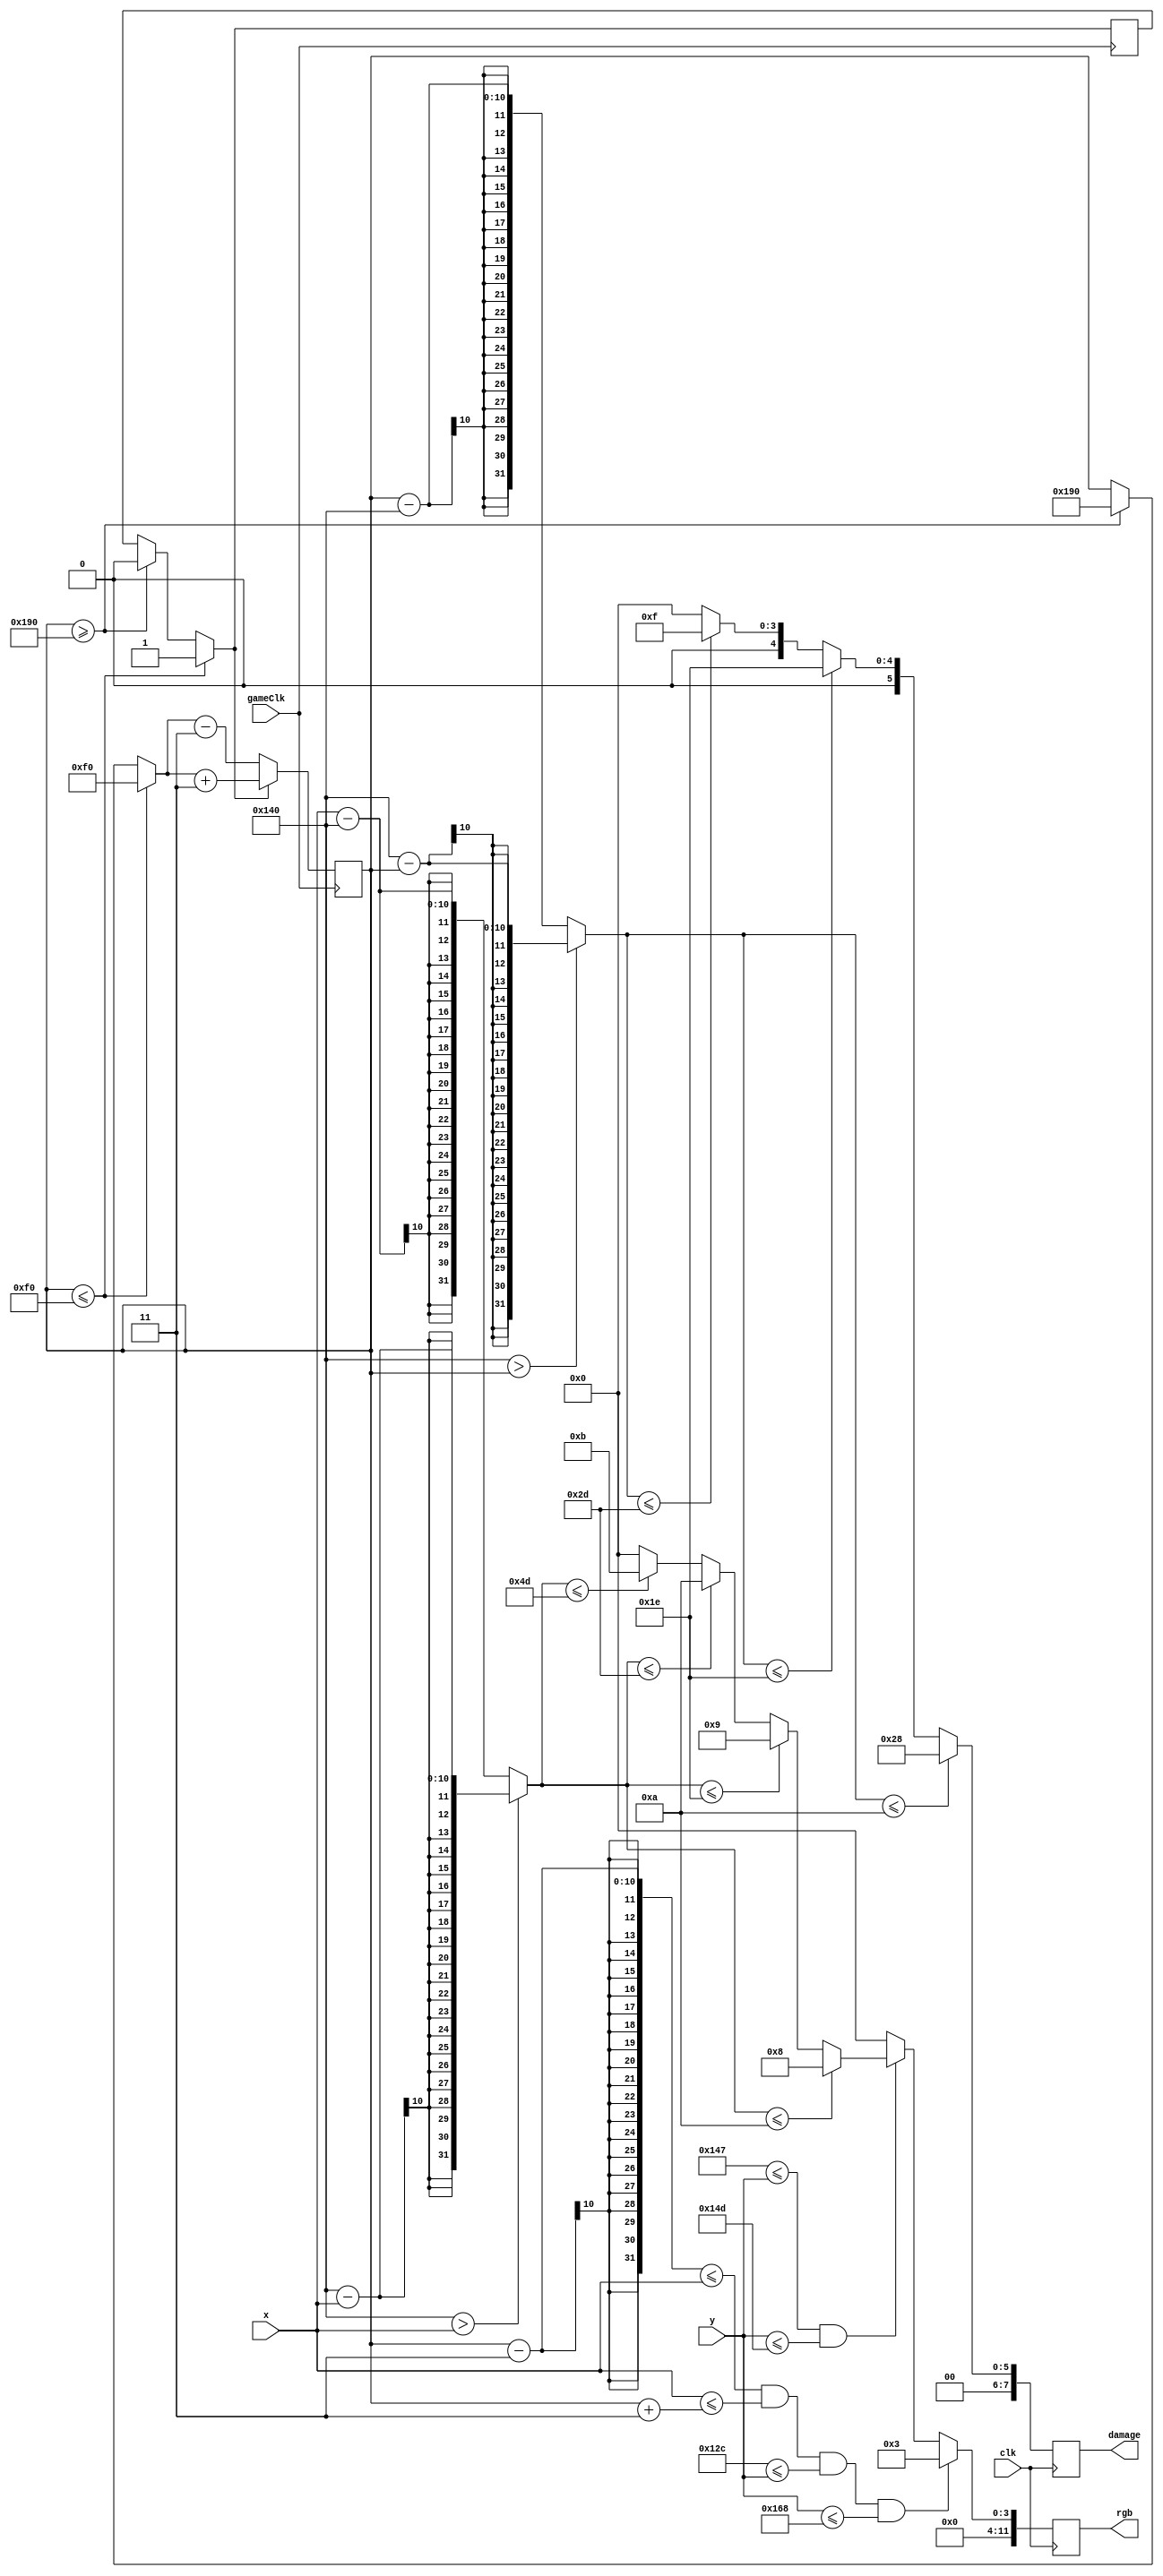
`timescale 1ns / 1ps
//////////////////////////////////////////////////////////////////////////////////
// Company: 
// Engineer: 
// 
// Design Name: 
// Module Name: attack_ind
// Project Name: 
// Target Devices: 
// Tool Versions: 
// Description: 
// 
// Dependencies: 
// 
// Revision:
// Revision 0.01 - File Created
// Additional Comments:
// 
//////////////////////////////////////////////////////////////////////////////////


module attack_ind(
    clk,
    gameClk, // auto driven by gameclk
    x,
    y,
    rgb,
    damage
);
    parameter BUS_WIDTH = 12;
    parameter TOP = 330;
    parameter LEFT = 240;
    parameter RIGHT = 400;
    parameter THICCNESS = 3;
    parameter HEIGHT = 30;

    input wire clk;
    input wire gameClk; // auto driven by gameclk
    input wire [9:0] x;
    input wire [9:0] y;
    output wire [BUS_WIDTH-1:0] rgb;
    output wire [7:0] damage;


    reg [BUS_WIDTH-1:0] rgb_reg;
    reg [7:0] damage_reg;



    wire [9:0] middle = (LEFT+RIGHT)/2; // to lzay to declare param

    reg [9:0] markerPos = LEFT;
    reg right = 0;

    always @(posedge gameClk) begin
        if (markerPos <= LEFT) begin
            right = 1;
            markerPos = LEFT;
        end
        else if (markerPos >= RIGHT) begin 
            right = 0;
            markerPos = RIGHT;
        end

        markerPos = right ? markerPos + 3 : markerPos - 3;
    end


    always @(posedge clk) begin
        if (markerPos-THICCNESS <= x && x <= markerPos+THICCNESS &&
            TOP-HEIGHT <= y && y <= TOP+HEIGHT
        ) rgb_reg <= 5'd3;
        else 
            if (TOP-THICCNESS <= y && y <= TOP+THICCNESS)
                if ((middle > x ? middle - x : x - middle) <= 10)
                    rgb_reg <= 5'd8;
                else if ((middle > x ? middle - x : x - middle) <= 30)
                    rgb_reg <= 5'd9;
                else if ((middle > x ? middle - x : x - middle) <= 45)
                    rgb_reg <= 5'd10;
                else if ((middle > x ? middle - x : x - middle) <= 77) // (400-240)/2 - thiccness
                    rgb_reg <= 5'd11;
                else 
                    rgb_reg <= 5'd0;
            else
                rgb_reg <= 5'd0;
                
        if ((middle > markerPos ? middle - markerPos : markerPos - middle) <= 10)
            damage_reg <= 8'd40;
        else if ((middle > markerPos ? middle - markerPos : markerPos - middle) <= 30)
            damage_reg <= 8'd30;
        else if ((middle > markerPos ? middle - markerPos : markerPos - middle) <= 45)
            damage_reg <= 8'd15;
        else damage_reg <= 0;
    end
    assign damage = damage_reg;
    assign rgb = rgb_reg;

endmodule